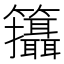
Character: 𥸓